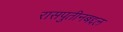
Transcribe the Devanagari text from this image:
रासपुतीनबद्दल